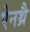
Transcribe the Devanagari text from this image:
ऐनथ्रै